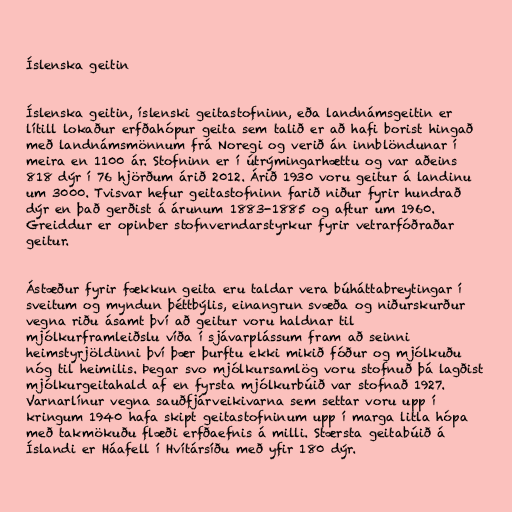
Íslenska geitin

Íslenska geitin, íslenski geitastofninn, eða landnámsgeitin er
lítill lokaður erfðahópur geita sem talið er að hafi borist hingað
með landnámsmönnum frá Noregi og verið án innblöndunar í
meira en 1100 ár. Stofninn er í útrýmingarhættu og var aðeins
818 dýr í 76 hjörðum árið 2012. Árið 1930 voru geitur á landinu
um 3000. Tvisvar hefur geitastofninn farið niður fyrir hundrað
dýr en það gerðist á árunum 1883-1885 og aftur um 1960.
Greiddur er opinber stofnverndarstyrkur fyrir vetrarfóðraðar
geitur.

Ástæður fyrir fækkun geita eru taldar vera búháttabreytingar í
sveitum og myndun þéttbýlis, einangrun svæða og niðurskurður
vegna riðu ásamt því að geitur voru haldnar til
mjólkurframleiðslu víða í sjávarplássum fram að seinni
heimstyrjöldinni því þær þurftu ekki mikið fóður og mjólkuðu
nóg til heimilis. Þegar svo mjólkursamlög voru stofnuð þá lagðist
mjólkurgeitahald af en fyrsta mjólkurbúið var stofnað 1927.
Varnarlínur vegna sauðfjárveikivarna sem settar voru upp í
kringum 1940 hafa skipt geitastofninum upp í marga litla hópa
með takmökuðu flæði erfðaefnis á milli. Stærsta geitabúið á
Íslandi er Háafell í Hvítársíðu með yfir 180 dýr.